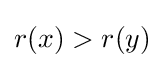
r(x)>r(y)